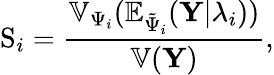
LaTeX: \mathrm{S}_{i}=\frac{\mathbb{V}_{\Psi_{i}}(\mathbb{E}_{\tilde{\Psi}_{i}}({\mathbf Y}|\lambda_{i}))}{\mathbb{V}({\mathbf Y})},